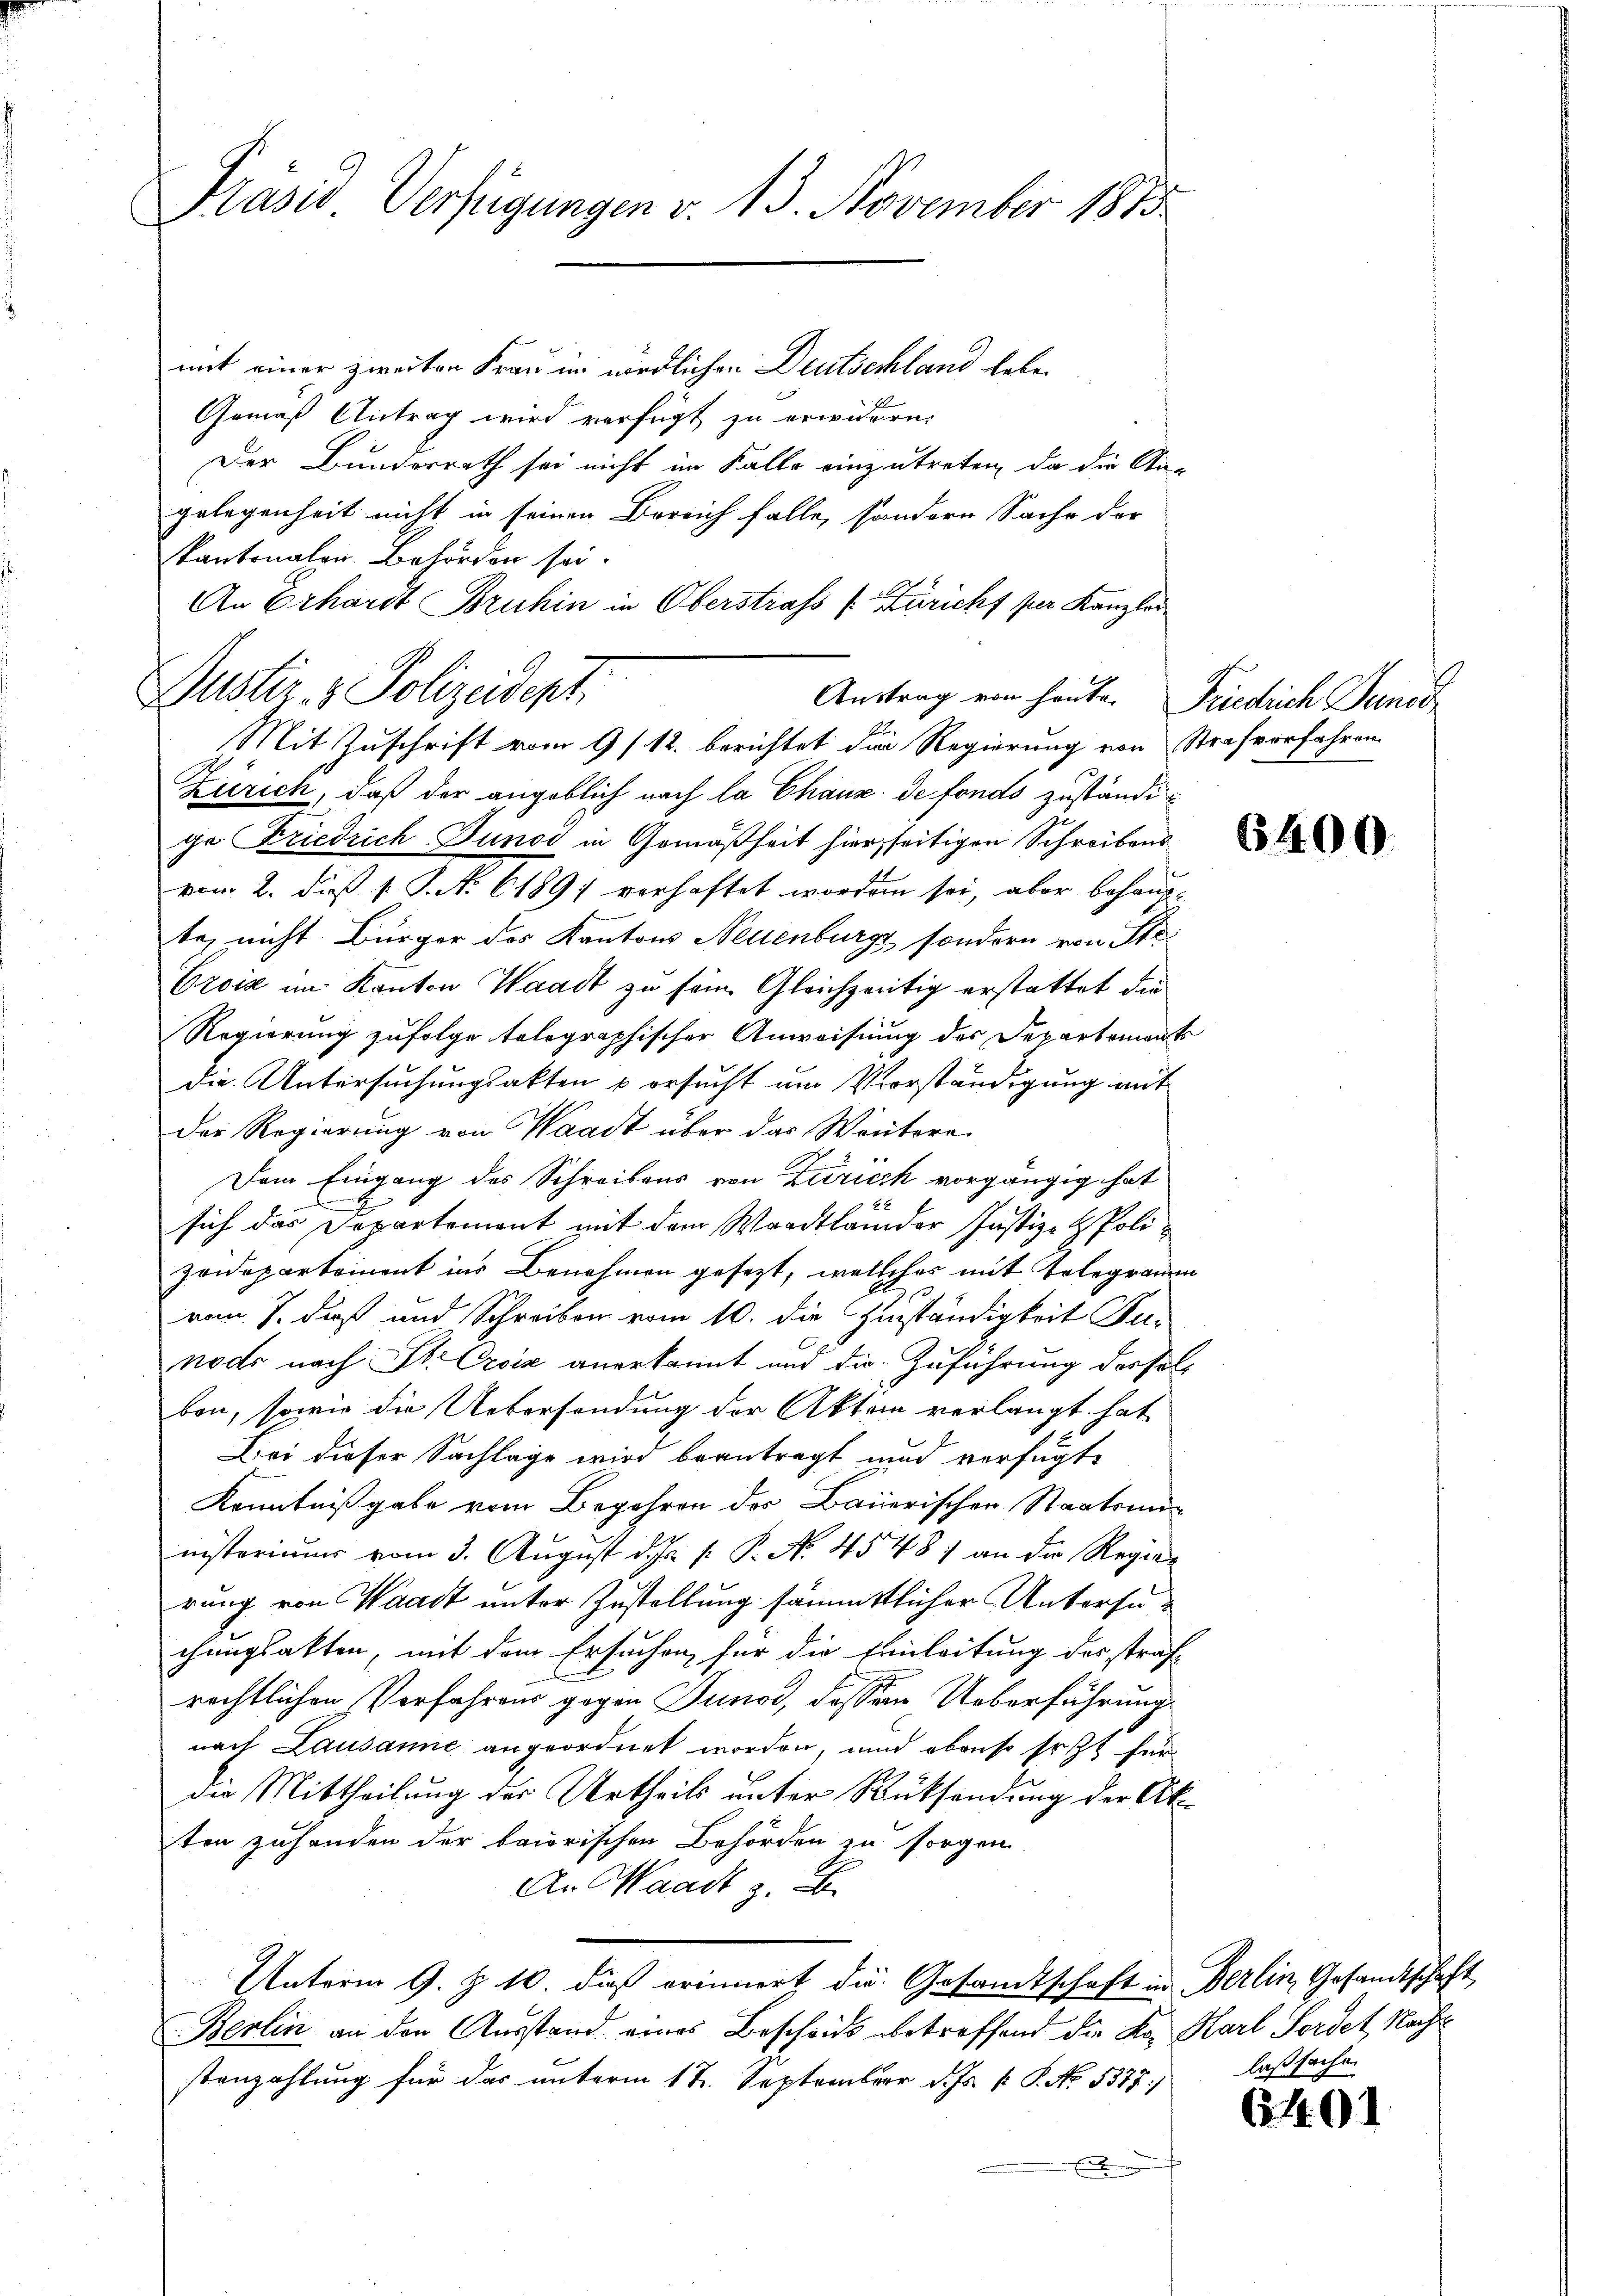
Fräsd Verfügungen v. 15. November 1883.

mit einer zweiten Frau im nördlichen Deutschland leben
Gemäß Antrag wird verfügt zu erwidern.
Der Bunderrath sei nicht im Falle einzutreten, da die Sta-
gelegenheit nicht in seinen Bereich falle, sondern Sache der
kantonalen. Behörden sei.
An Erhardt Bruhin in Oberstrafs (Züricht per Kanzler

Justiz- & Polizeidept
Austrag von heute. Friedrich Punct
Mit Zuschrift vom 9/12. berichtet die Regierung von Strafvorfahren

Zürich, daß der angeblich nach la Chaux de fonds zuständige Friedrich Junod in Gemäßheit hier seitigen Schreibens
vom 2. daß P. P. N. 61897 vorhaftet worden sei, aber behaupte, nicht. Bürger des Kantons Neuenburgs sondern von Ste
Eroiz im Kanton Waadt zu sein. Gleichzeitig erstattet die
Regierung zufolge telegraphischer Anweisung des Departements
Die Untersuchungsakten u ersucht am Vorständigung mit
der Regierung von Waadt über das Weitere
Dem Eingang des Schreibens von Zutrick vorgängig hat
s
sich das Departemont mit dem Waadtländer Justiz- & Polizeidepartement ins Benehmen gesezt, welches mit Telegramm
vom 8. dieß und Schreiben vom 10. die Zuständigkeit Fa-
nodr nach St. Orvić anerkannt und die Zuführung des soll
ben, sowie die Uebersendung der Akten verlangt hat
Bei dieser Sachlage wird beantragt und verfügte
Kenntnißgabe vom Begehren des Bauerischen Staatsministeriums vom 3. August d. J. P. P. N. 4548) an der Regier
rung von Waadt unter Zustellung sämmtlicher Untersuchungsakten, mit dem Ersuchen für die Einleitung des strafrechtlichen Verfahrens gegen Junod, dassen Ueberführung
nach Lausanne angeordnet worden, und obenso so zu für
die Mittheilung des Urtheils unter Rücksendung der Akten zuhanden der baierischen Behörden zu sorgen
An Waadt z. B.
Unterm 9. Z. 10. dieß erinnert die Gesandtschaft in Berlin, Gesandtschaft
Berlin an den Ausstand eines Bescheits betreffend die Ko, Karl Fordet Nacht
stenzahlung für das unterm 12. September d. Js. [ P. No. 5375)
.

6400

laßsache.

6491